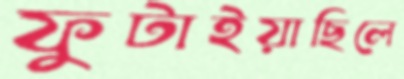
ফুটাইয়াছিলে